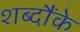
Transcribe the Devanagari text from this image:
शब्दौंके